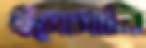
ইমোমালি